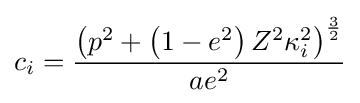
c_{i}={\frac {\left(p^{2}+\left(1-e^{2}\right)Z^{2}\kappa _{i}^{2}\right)^{\frac {3}{2}}}{ae^{2}}}